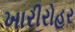
ખારીરોહર